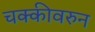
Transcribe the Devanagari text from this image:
चक्कीवरुन